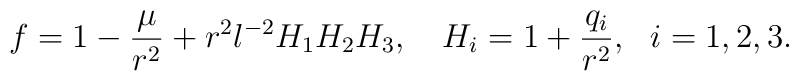
f =1 -\frac{\mu}{r^2}+r^2l^{-2} H_1 H_2 H_3, \ \ \  H_i=1+\frac{q_i}{r^2}, \ \  i =1, 2, 3.